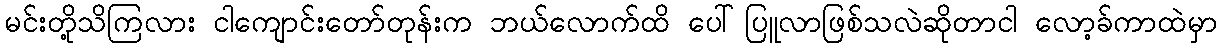
မင်းတို့သိကြလား ငါကျောင်းတော်တုန်းက ဘယ်လောက်ထိ ပေါ်ပြူလာဖြစ်သလဲဆိုတာငါ လော့ခ်ကာထဲမှာ